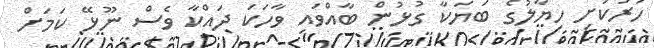
ހަރުކަށި ހިޔާލުގެ ބަޔަކާ ގުޅުން ބާއްވައި ވާހަކަ ދައްކާ ވެސް ނޫޅޭ ކަމަށް